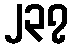
၂၃၇